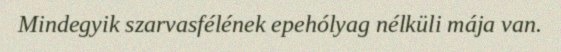
Mindegyik szarvasfélének epehólyag nélküli mája van.